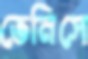
ভেনিসে